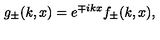
g _ { \pm } ( k , x ) = e ^ { \mp i k x } f _ { \pm } ( k , x ) ,